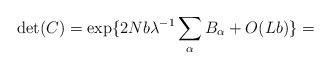
LaTeX: \begin{align*}\det(C)= \exp \{2Nb \lambda^{-1} \sum_{\alpha}B_{\alpha}+O(Lb) \}= \end{align*}